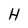
Character: h